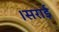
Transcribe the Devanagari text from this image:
।सराई